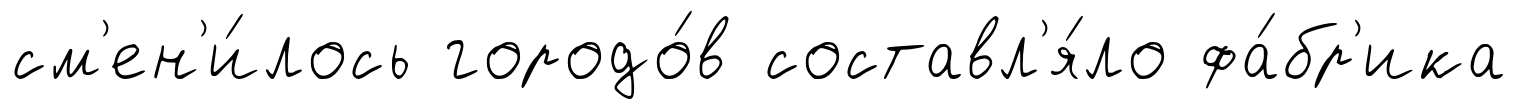
см'ен'и́лось городо́в составл'я́ло фа́бр'ика